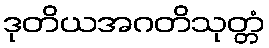
ဒုတိယအဂတိသုတ္တံ